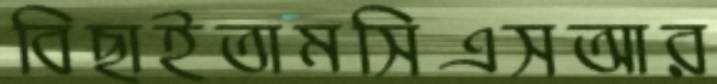
বিছাইতামসিএসআর